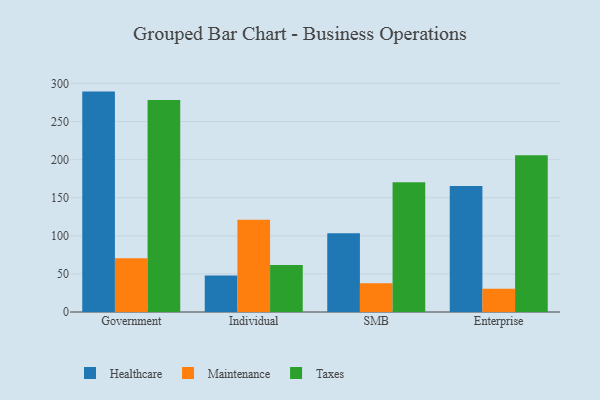
{"axis": {"x": "Segment", "y": "Active Users"}, "legend": ["Healthcare", "Maintenance", "Taxes"], "data": [{"x": "Government", "y": 289.3, "type": "Healthcare"}, {"x": "Government", "y": 70.4, "type": "Maintenance"}, {"x": "Government", "y": 278.3, "type": "Taxes"}, {"x": "Individual", "y": 47.9, "type": "Healthcare"}, {"x": "Individual", "y": 121.1, "type": "Maintenance"}, {"x": "Individual", "y": 61.8, "type": "Taxes"}, {"x": "SMB", "y": 103.4, "type": "Healthcare"}, {"x": "SMB", "y": 37.9, "type": "Maintenance"}, {"x": "SMB", "y": 170.2, "type": "Taxes"}, {"x": "Enterprise", "y": 165.3, "type": "Healthcare"}, {"x": "Enterprise", "y": 30.6, "type": "Maintenance"}, {"x": "Enterprise", "y": 205.6, "type": "Taxes"}]}